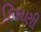
કિકાણી